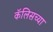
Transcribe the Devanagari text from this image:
कॅलिसच्या